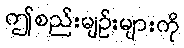
ဤစည်းမျဉ်းများကို